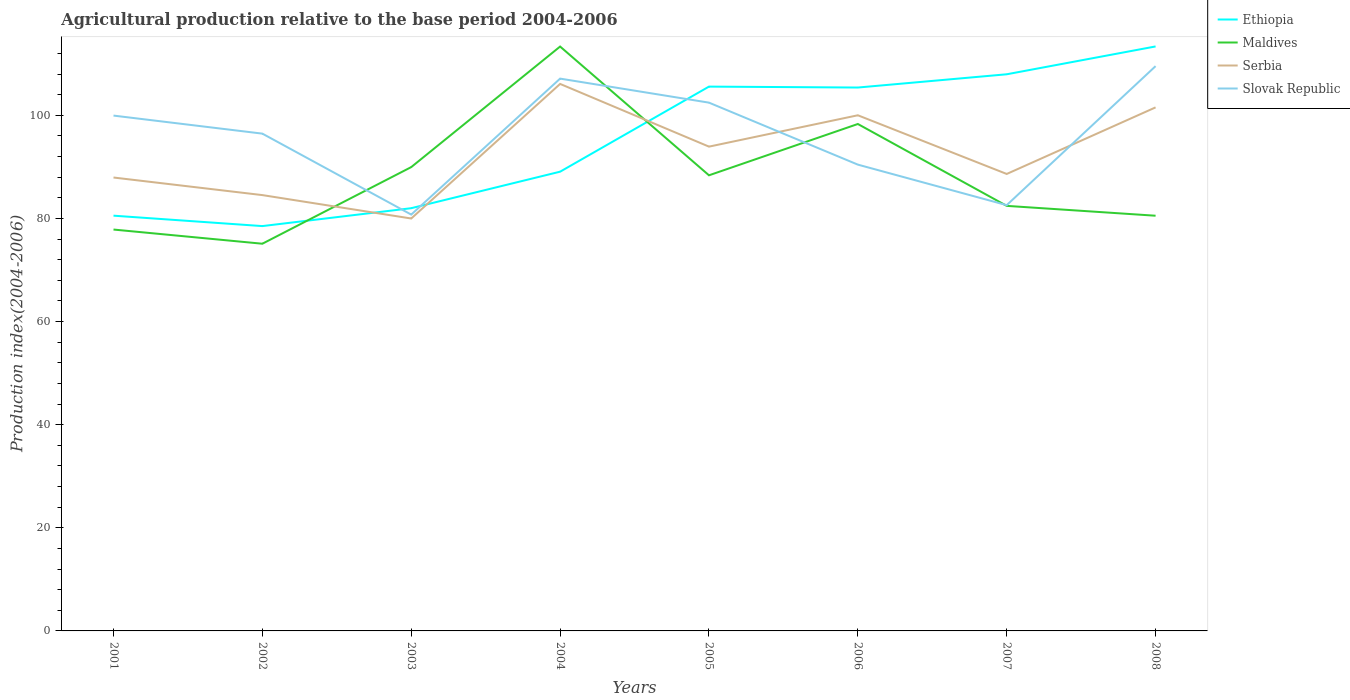
| Years | Ethiopia | Maldives | Serbia | Slovak Republic |
 | --- | --- | --- | --- | --- |
 | 2001 | 80.5 | 77.8 | 87.9 | 99.9 |
 | 2002 | 78.5 | 75.1 | 84.5 | 96.4 |
 | 2003 | 82 | 90 | 80 | 80.7 |
 | 2004 | 89.1 | 113 | 106 | 107 |
 | 2005 | 106 | 88.4 | 93.9 | 102 |
 | 2006 | 105 | 98.3 | 100 | 90.4 |
 | 2007 | 108 | 82.4 | 88.6 | 82.6 |
 | 2008 | 113 | 80.5 | 102 | 110 |